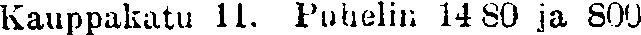
Kauppakatu 11. Puhelin 14 80 ja 800